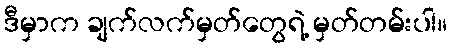
ဒီမှာက ချက်လက်မှတ်တွေရဲ့ မှတ်တမ်းပါ။